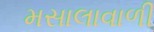
મસાલાવાળી